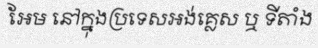
អែម នៅក្នុងប្រទេសអង់គ្លេស ឬ ទីតាំង